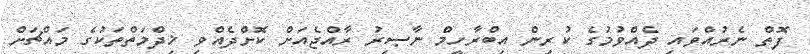
ފޮތް ނެރުއްވައި ދެއްވުމުގެ ކުރިން އިބްރާހީމް ނާޞިރު ރާއްޖެއަށް ކޮށްދެއްވި ޚިދްމަތްތަކުގެ މައްޗަށް